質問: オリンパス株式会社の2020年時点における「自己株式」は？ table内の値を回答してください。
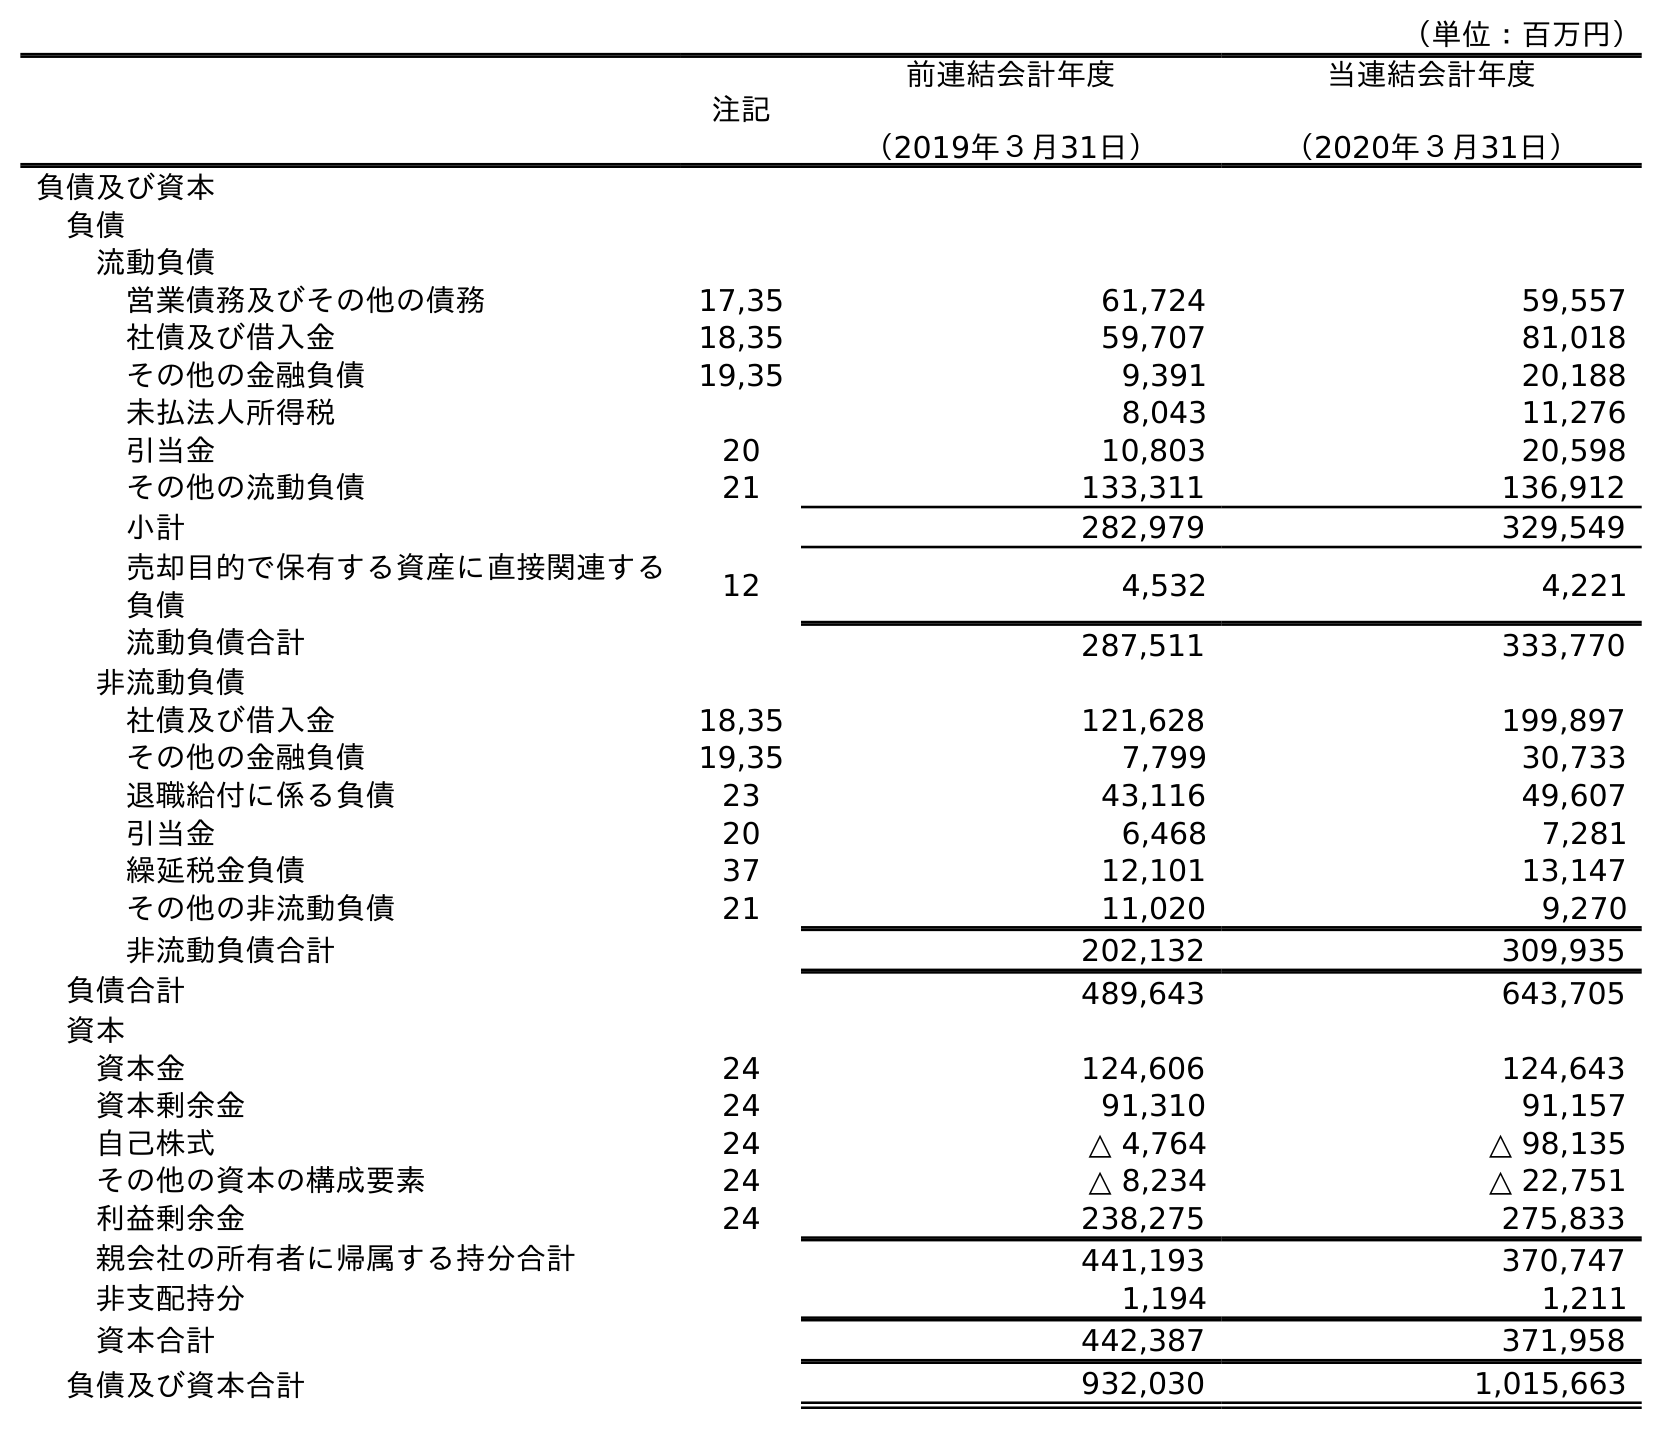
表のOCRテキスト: （単位：百万円） 注記 前連結会計年度 （2019年３月31日） 当連結会計年度 （2020年３月31日） 負債及び資本 負債 流動負債 営業債務及びその他の債務 17,35 61,724 59,557 社債及び借入金 18,35 59,707 81,018 その他の金融負債 19,35 9,391 20,188 未払法人所得税 8,043 11,276 引当金 20 10,803 20,598 その他の流動負債 21 133,311 136,912 小計 282,979 329,549 売却目的で保有する資産に直接関連する 負債 12 4,532 4,221 流動負債合計 287,511 333,770 非流動負債 社債及び借入金 18,35 121,628 199,897 その他の金融負債 19,35 7,799 30,733 退職給付に係る負債 23 43,116 49,607 引当金 20 6,468 7,281 繰延税金負債 37 12,101 13,147 その他の非流動負債 21 11,020 9,270 非流動負債合計 202,132 309,935 負債合計 489,643 643,705 資本 資本金 24 124,606 124,643 資本剰余金 24 91,310 91,157 自己株式 24 △ 4,764 △ 98,135 その他の資本の構成要素 24 △ 8,234 △ 22,751 利益剰余金 24 238,275 275,833 親会社の所有者に帰属する持分合計 441,193 370,747 非支配持分 1,194 1,211 資本合計 442,387 371,958 負債及び資本合計 932,030 1,015,663
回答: △98,135